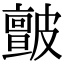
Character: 皽